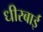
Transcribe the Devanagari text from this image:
धीरबाई